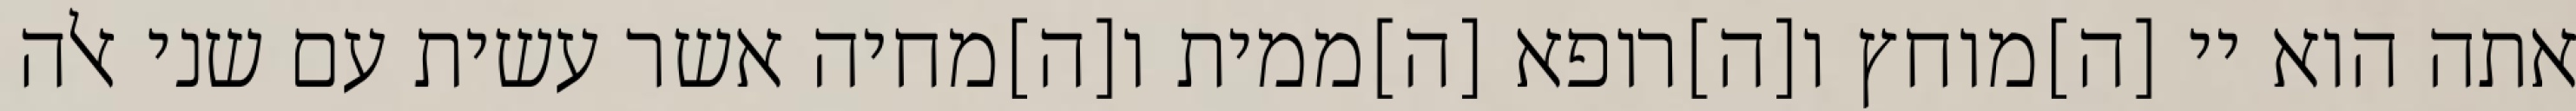
אתה הוא יי [ה]מוחץ ו[ה]רופא [ה]ממית ו[ה]מחיה אשר עשית עם שני אלה